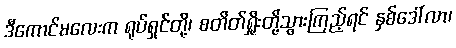
ဒီကောင်မလေးက ရုပ်ရှင်တို့၊ စတိတ်ရှိုးတို့သွားကြည့်ရင် နှစ်ဒေါ်လာ၊